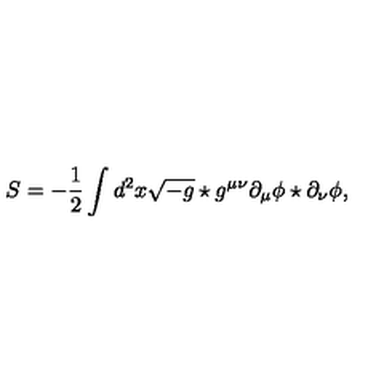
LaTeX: S = - \frac { 1 } { 2 } \int d ^ { 2 } x \sqrt { - g } \star g ^ { \mu \nu } \partial _ { \mu } \phi \star \partial _ { \nu } \phi ,